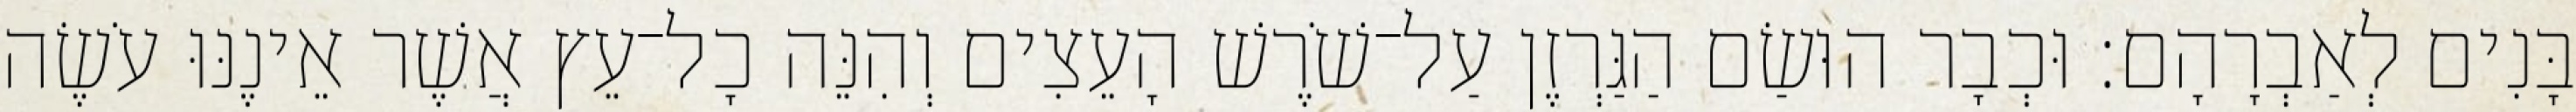
בָּנִים לְאַבְרָהָם׃ וּכְבָר הוּשַׂם הַגַּרְזֶן עַל־שֹׁרֶשׁ הָעֵצִים וְהִנֵּה כָל־עֵץ אֲשֶׁר אֵינֶנּוּ עֹשֶׂה